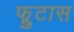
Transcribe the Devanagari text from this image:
फ्रुटास